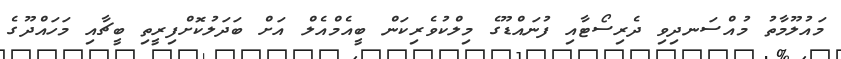
މައުލޫމާތު މުއްސަނދިވި ދެރިސޯޓާއި ފުނައްޑޫގެ މިލްކުވެރިކަން ބީއެމްއެލް އަށް ބަދަލުކޮށްފިރީތި ބީޗާއި މަހައްދޫގެ